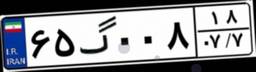
۴۷گ۲۱۹۰۴